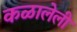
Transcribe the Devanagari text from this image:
कळालेली